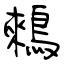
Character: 鶆